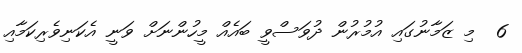
6  މި ޒަމާނުގައި އުމުރުން ދުވަސްވީ ބައެއް މީހުންނަށް ވަނީ އެކަނިވެރިކަމާއި